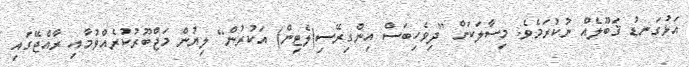
އަޅުގަނޑު ޤަބޫލެއް ނުކުރަމެވެ. މިސާލަކަށް [ދިވެހިބަސް އިންގިރޭސި(ލެޓިން) އަކުރުން] ލިޔުން މަޖްބޫރުކުރެއްވުމާއި ރާއްޖޭގައި